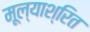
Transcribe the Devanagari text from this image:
मूल्याश्रित